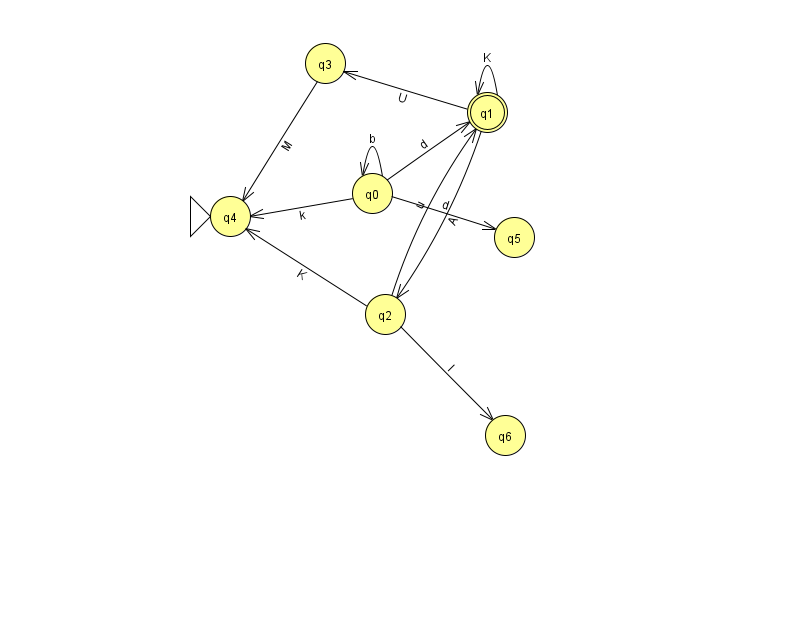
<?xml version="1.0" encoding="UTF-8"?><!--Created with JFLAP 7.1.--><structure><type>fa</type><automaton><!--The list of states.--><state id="0" name="q0"><x>372.0</x><y>180.0</y></state><state id="1" name="q1"><x>487.0</x><y>99.0</y><final/></state><state id="2" name="q2"><x>385.0</x><y>301.0</y></state><state id="3" name="q3"><x>325.0</x><y>50.0</y></state><state id="4" name="q4"><x>230.0</x><y>203.0</y><initial/></state><state id="5" name="q5"><x>514.0</x><y>224.0</y></state><state id="6" name="q6"><x>505.0</x><y>422.0</y></state><!--The list of transitions.--><transition><from>0</from><to>0</to><read>b</read></transition><transition><from>2</from><to>1</to><read>u</read></transition><transition><from>0</from><to>1</to><read>d</read></transition><transition><from>2</from><to>6</to><read>l</read></transition><transition><from>3</from><to>4</to><read>M</read></transition><transition><from>0</from><to>5</to><read>d</read></transition><transition><from>1</from><to>2</to><read>A</read></transition><transition><from>2</from><to>4</to><read>K</read></transition><transition><from>1</from><to>1</to><read>K</read></transition><transition><from>1</from><to>3</to><read>U</read></transition><transition><from>0</from><to>4</to><read>k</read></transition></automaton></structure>